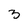
Character: 3